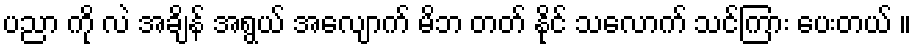
ပညာ ကို လဲ အချိန် အရွယ် အလျောက် မိဘ တတ် နိုင် သလောက် သင်ကြား ပေးတယ် ။